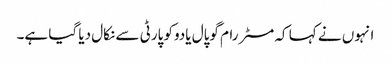
انہوں نے کہا کہ مسٹر رام گوپال یادوکو پارٹی سے نکال دیا گیا ہے۔